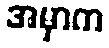
အမှာက